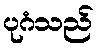
ပုဂံသည်